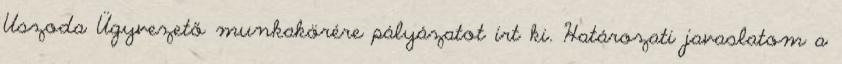
Uszoda Ügyvezető munkakörére pályázatot írt ki. Határozati javaslatom a